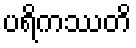
ပရိကဿတိ